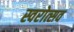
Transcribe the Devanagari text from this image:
स्वरोत्सव